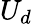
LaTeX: U_{d}